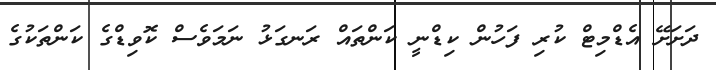
ދަށަށޭ އެޑްމިޓް ކުރި ފަހުން ކިޑްނީ ކަންތައް ރަނގަޅު ނަމަވެސް ކޮވިޑްގެ ކަންތަކުގެ